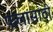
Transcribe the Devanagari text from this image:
फलासाठी